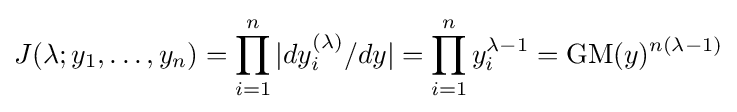
J(\lambda ;y_{1},\ldots ,y_{n})=\prod _{i=1}^{n}|dy_{i}^{(\lambda )}/dy|=\prod _{i=1}^{n}y_{i}^{\lambda -1}=\operatorname {GM} (y)^{n(\lambda -1)}